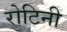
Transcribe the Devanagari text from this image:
रोटिनी